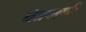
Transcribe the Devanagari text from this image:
नेत्रपल्लवी